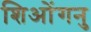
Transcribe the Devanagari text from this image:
शिओंगनु